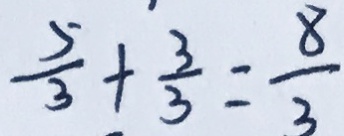
\frac { 5 } { 3 } + \frac { 3 } { 3 } = \frac { 8 } { 3 }